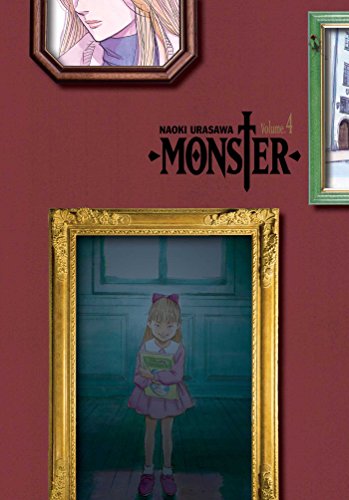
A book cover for Monster, Vol. 4: The Perfect Edition; Naoki Urasawa; Comics & Graphic Novels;